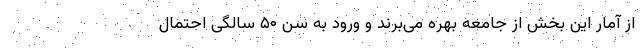
از آمار این بخش از جامعه بهره می‌برند و ورود به سن ۵۰ سالگی احتمال